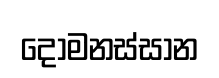
දොමනස්සාන